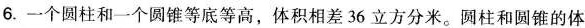
6.一个圆柱和一个圆锥等底等高，体积相差36立方分米。圆柱和圆锥的体